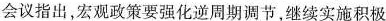
会议指出，宏观政策要强化逆周期调节，继续实施积极